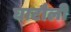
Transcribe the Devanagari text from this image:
घाटौली